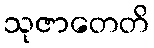
သုဇာတေတိ